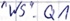
Text: "WS".Q1